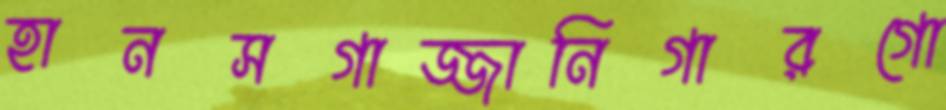
হানসগাজ্জানিগারগো